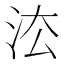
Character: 㳒